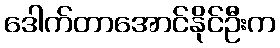
ဒေါက်တာအောင်နိုင်ဦးက